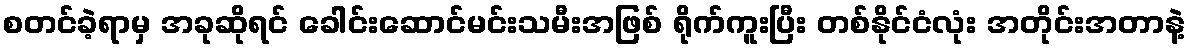
စတင်ခဲ့ရာမှ အခုဆိုရင် ခေါင်းဆောင်မင်းသမီးအဖြစ် ရိုက်ကူးပြီး တစ်နိုင်ငံလုံး အတိုင်းအတာနဲ့